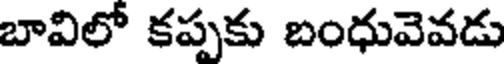
బావిలో కప్పకు బంధువెవడు